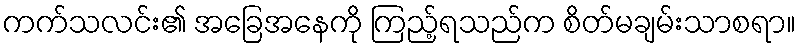
ကက်သလင်း၏ အခြေအနေကို ကြည့်ရသည်က စိတ်မချမ်းသာစရာ။